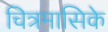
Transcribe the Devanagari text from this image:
चित्रमासिके